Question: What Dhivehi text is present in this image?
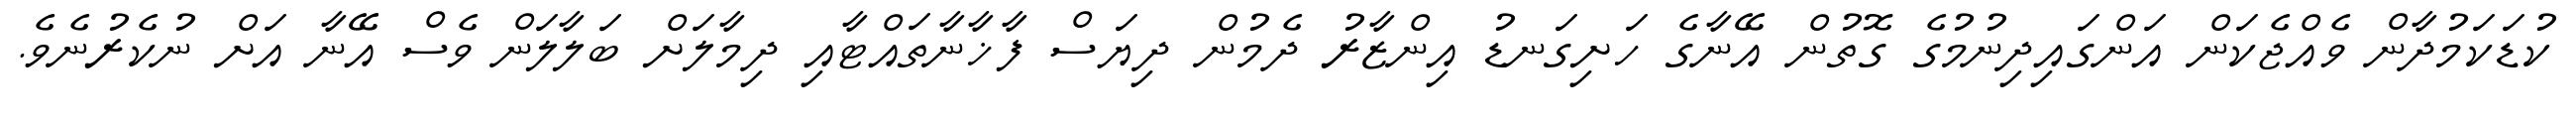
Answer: ކުޑަކަމުދާން ވެއްޖެކަން އަންގައިދިނުމުގެ ގޮތުން އޭނާގެ ހަށިގަނޑު އިންޒާރު ދެމުން ދިޔަސް ފާޚާނާތައްޓާއި ދިމާލަށް ބަލާލަން ވެސް އޭނާ އަށް ނުކެރުނެވެ.